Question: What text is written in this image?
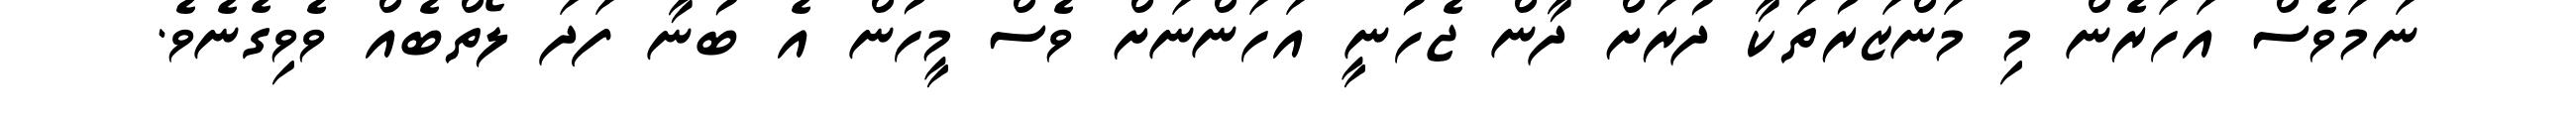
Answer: ނަމަވެސް އަހަރެން މި މަންޒަރުތަކާ ދުރަށް ދާން ޖެހުނީ އަހަންނަށް ވެސް މީހުން އެ ބުނާ ފަދަ ލޯތްބެއް ވެވިގެނެވެ.